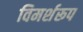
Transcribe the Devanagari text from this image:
विमर्शरूप